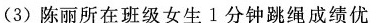
(3)陈丽所在班级女生1分钟跳绳成绩优